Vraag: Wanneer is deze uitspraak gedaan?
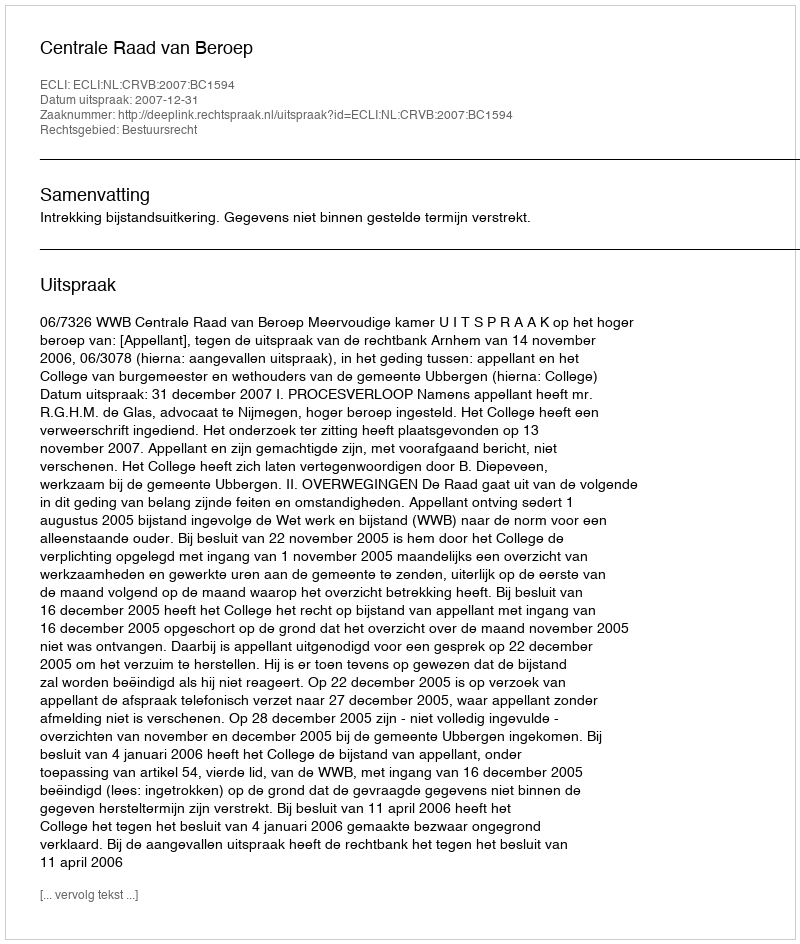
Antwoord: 2007-12-31